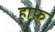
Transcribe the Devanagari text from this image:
हाफ़्